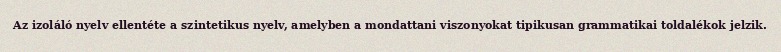
Az izoláló nyelv ellentéte a szintetikus nyelv, amelyben a mondattani viszonyokat tipikusan grammatikai toldalékok jelzik.